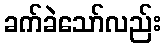
ခက်ခဲသော်လည်း